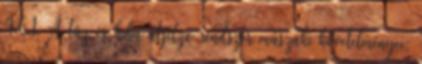
4.6.1. A tûz és hiba átjelzõ rendszer mûszaki követelményei: